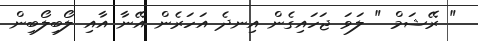
" ރޭޝަމް " ލަވަ ޖަހައިގެން އިނދެ އަހަރެން އޭނާ އާއި ލޯބިލޯބިން